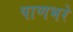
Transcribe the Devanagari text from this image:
पाणभरे